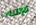
للإنتباه